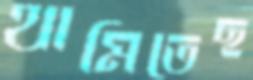
থামিতেছ